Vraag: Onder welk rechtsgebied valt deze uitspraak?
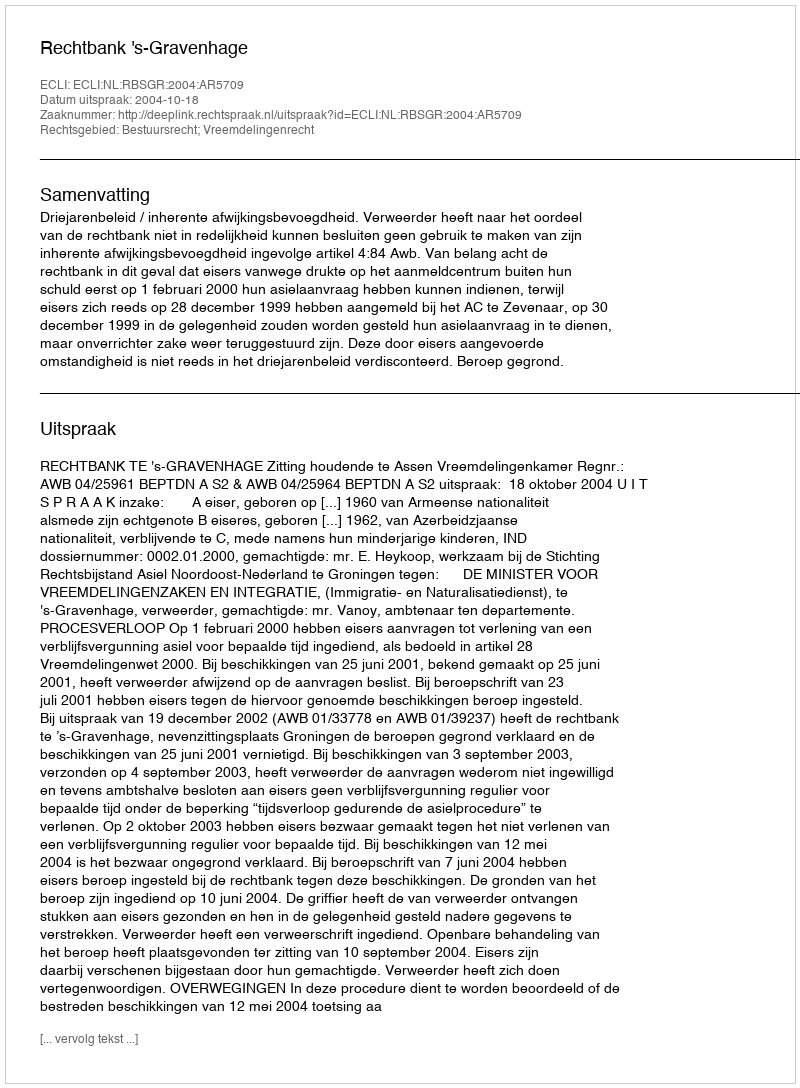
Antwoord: Bestuursrecht; Vreemdelingenrecht